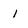
Character: 1